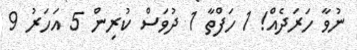
ނުވާ ހަރަދެއް! 1 ހަފްތާ 1 ދުވަސް ކުރިން 5 އަހަރު 9